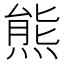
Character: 熊